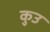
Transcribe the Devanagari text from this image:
कुउ